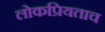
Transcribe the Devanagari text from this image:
लोकप्रियताच